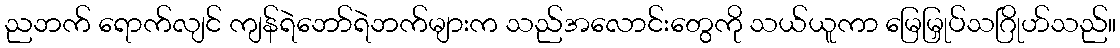
ညဘက် ရောက်လျင် ကျန်ရဲဘော်ရဲဘက်များက သည်အလောင်းတွေကို သယ်ယူကာ မြေမြှုပ်သဂြိုဟ်သည်။